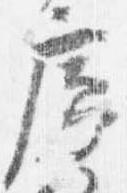
廊